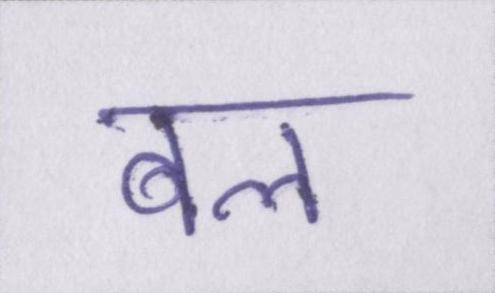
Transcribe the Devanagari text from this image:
बल